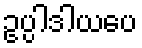
ဥပ္ပါဒါယပေ